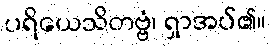
ပရိယေသိတဗ္ဗံ၊ ရှာအပ်၏။